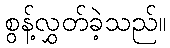
စွန့်လွှတ်ခဲ့သည်။